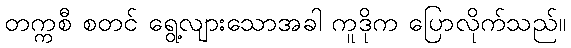
တက္ကစီ စတင် ရွေ့လျားသောအခါ ကူဒိုက ပြောလိုက်သည်။